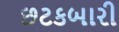
છટકબારી